Report of the Hyderabad Chloroform Commission
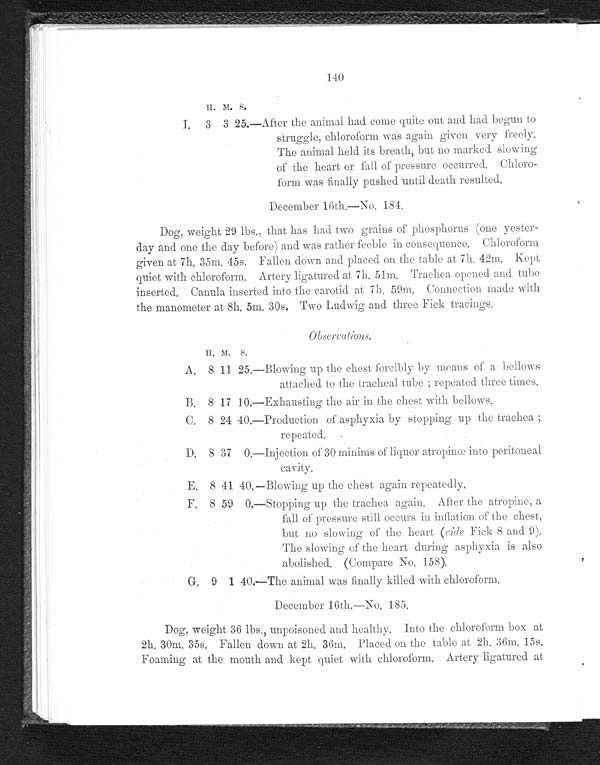
140
H. M. S.
I. 3 3 25.—After the animal had come quite out and had begun to
struggle, chloroform was again given very freely.
The animal held its breath, but no marked slowing
of the heart or fall of pressure occurred. Chloro-
form was finally pushed until death resulted.
December 16th.—No. 184.
Dog, weight 29 lbs., that has had two grains of phosphorus (one yester
- d a y a n d o n e t h e d a y b e f o r e ) a n d w a s r a t h e r f e e b l e i n c o n s e q u e n c e . C h l o r o f o r m
given at 7h. 35m. 45s. Fallen down and placed on the table at 7h. 42m. Kept
quiet with chloroform. Artery ligatured at 7h. 51m. Trachea opened and tube
inserted. Canula inserted into the carotid at 7h. 59m. Connection made with
the manometer at 8h. 5m. 30s. Two Ludwig and three Fick tracings.
Observations.
H. M. S.
A. 8 11 25.—Blowing up the chest forcibly by means of a bellows
attached to the tracheal tube; repeated three times.
B. 8 17 10.—Exhausting the air in the chest with bellows.
C. 8 24 40.—Production of asphyxia by stopping up the trachea
; repeated.
D. 8 37 0.—Injection of 30 minims of liquor atropinœ into peritoneal
cavity.
E. 8 41 40.—Blowing up the chest again repeatedly.
F. 8 59 0.—Stopping up the trachea again. After the atropine, a
fall of pressure still occurs in inflation of the chest,
but no slowing of the heart (vide Fick 8 and 9).
The slowing of the heart during asphyxia is also
abolished. (Compare No. 158).
G. 9 1 40.—The animal was finally killed with chloroform.
December 16th.—No. 185.
Dog, weight 36 lbs., unpoisoned and healthy. Into the chloroform box at
2h. 30m. 35s. Fallen down at 2h. 36m. Placed on the table at 2h. 36m. 15s.
Foaming at the mouth and kept quiet with chloroform. Artery ligatured at